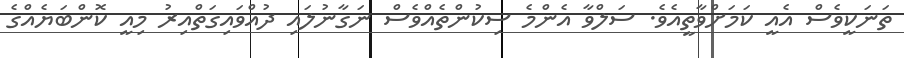
ތަނަކީވެސް އެއީ ކަމަށްވާތީއެވެ. ސަލްވާ އެންމެ ސިކުންތެއްވެސް ނަގާނުލައި ދުއްވައިގަތްއިރު މިއީ ކޮންބަޔެއްގެ